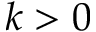
k > 0